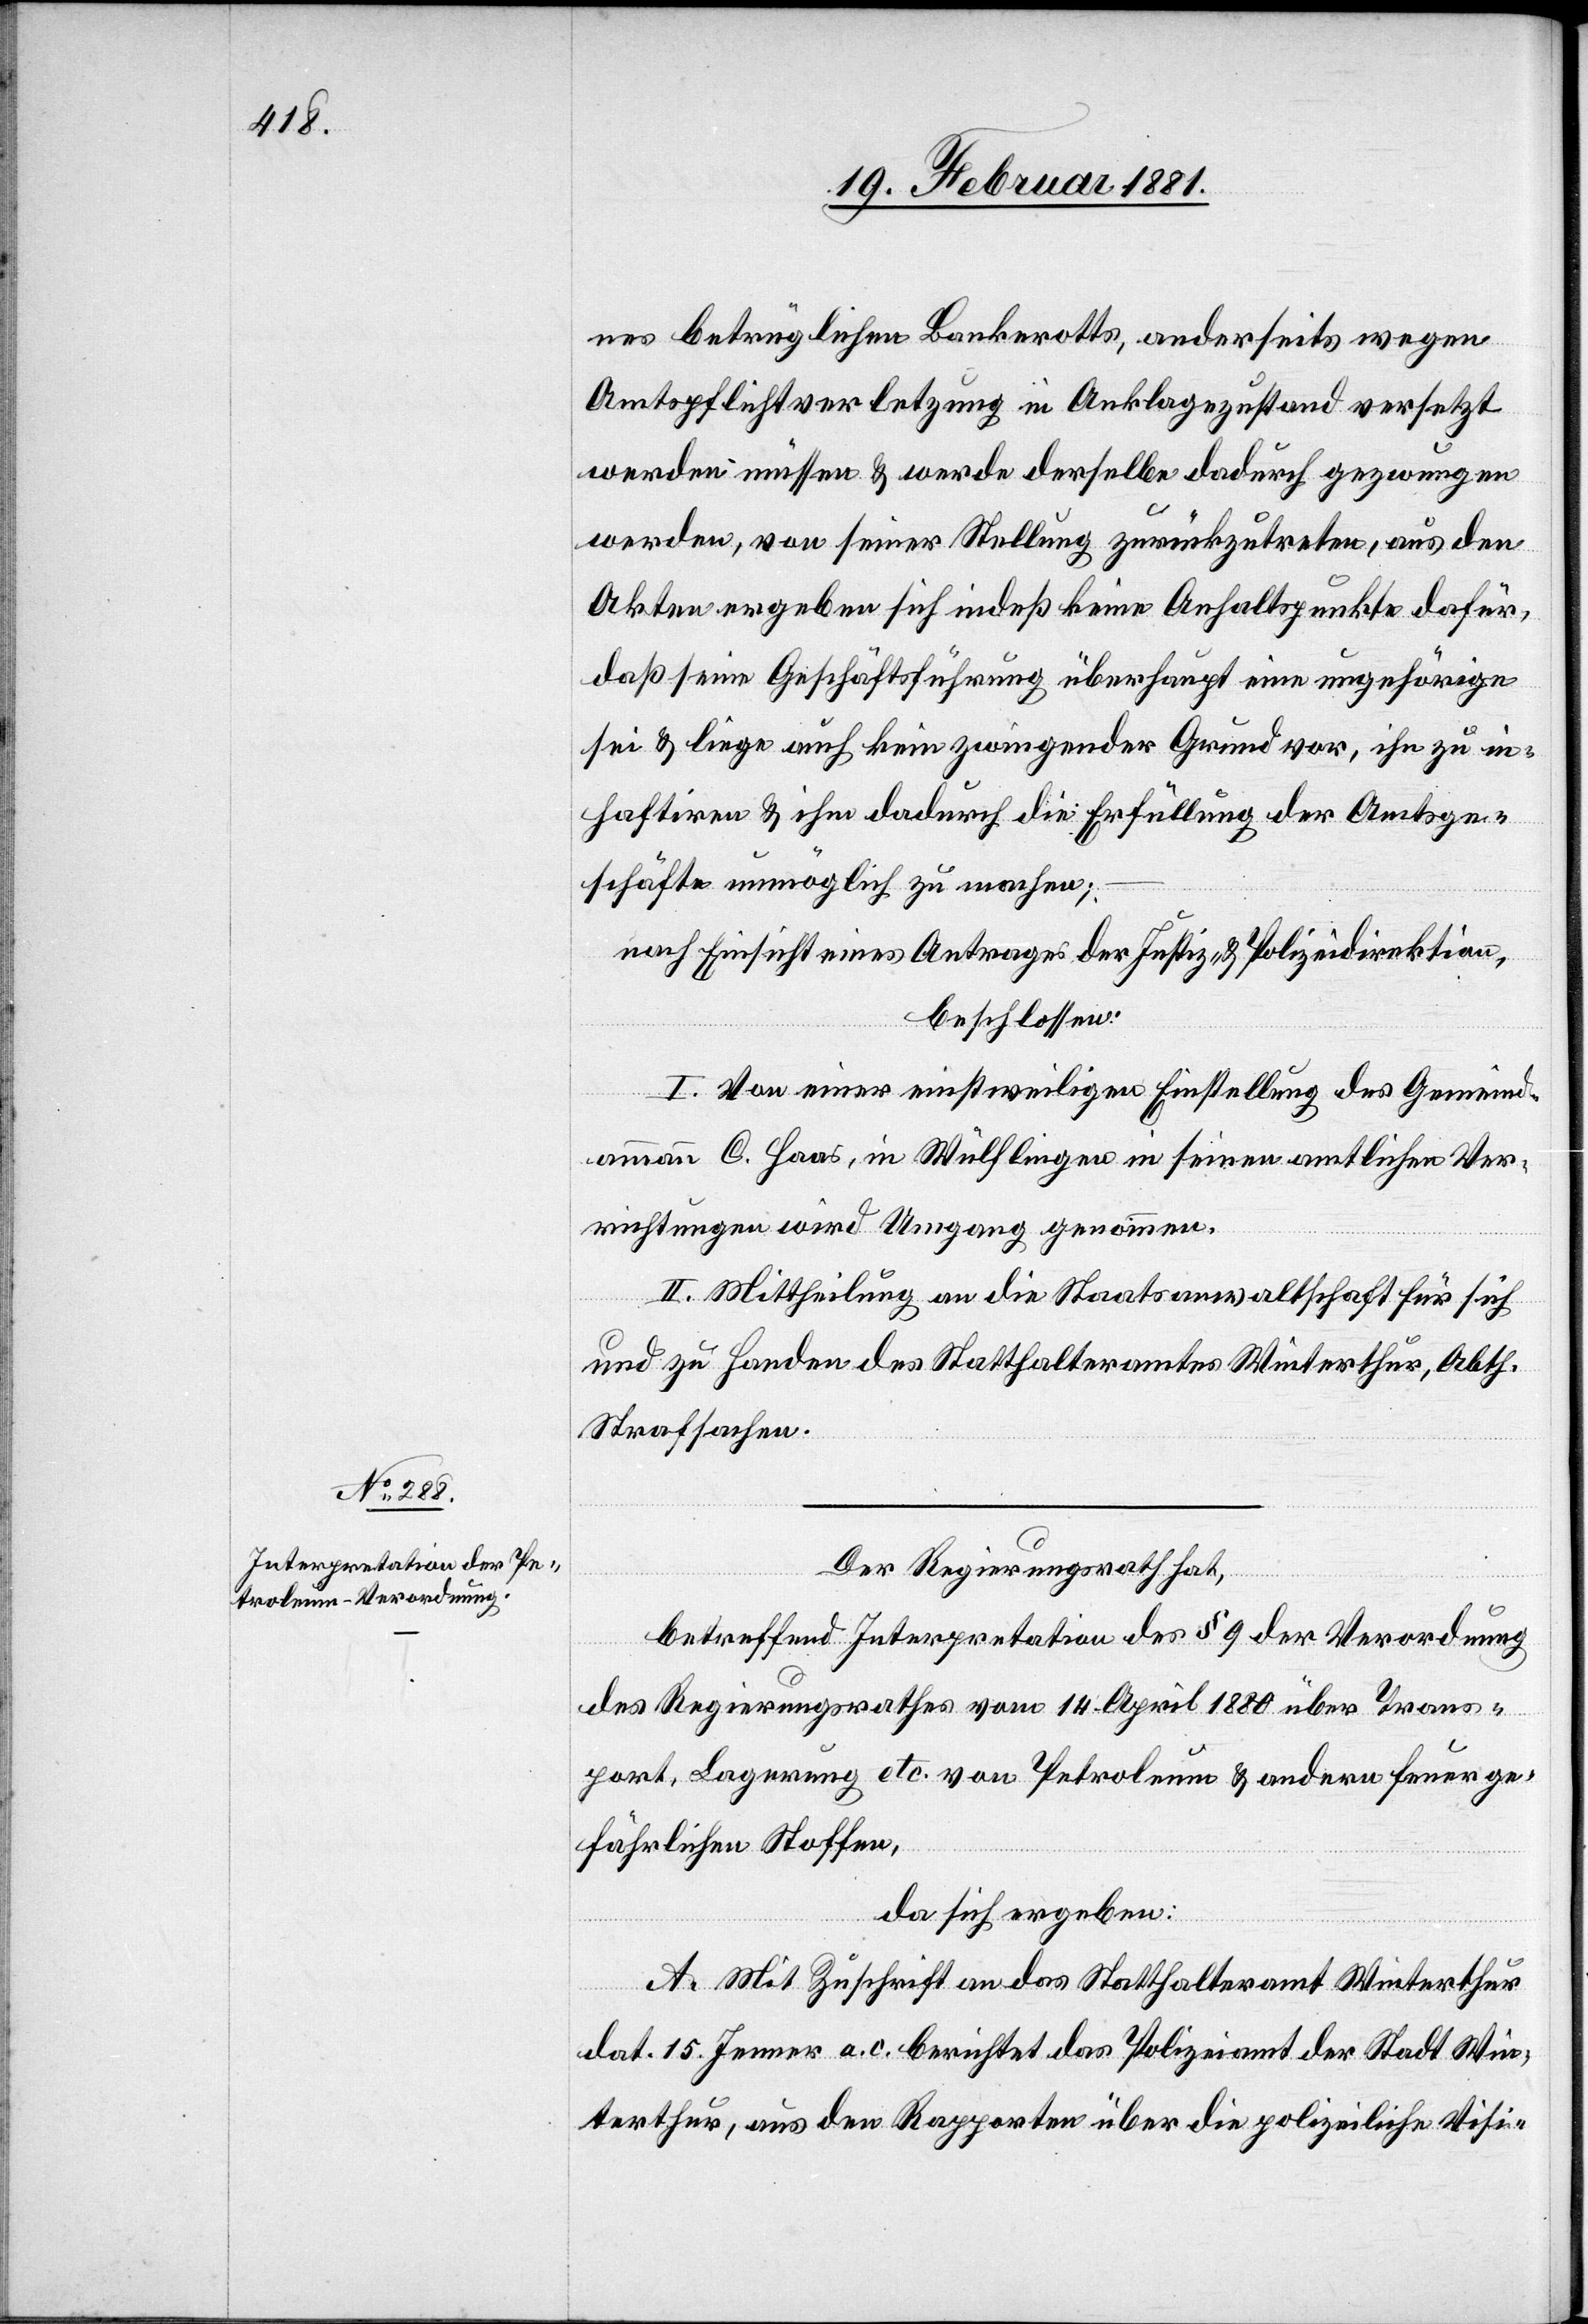
Amtsge¬

nes betrüglichen Bankerotts, anderseits wegen
Amtspflichtverletzung in Anklagezustand versetzt
werden müssen & werde derselbe dadurch gezwungen
werden, von seiner Stellung zurückzutreten, aus den
Akten ergeben sich indeß keine Anhaltspunkte dafür,
daß seine Geschäftsführung überhaupt eine ungehörige
schäfte unmöglich zu machen;
nach Einsicht eines Antrages der Justiz- & Polizeidirektion,
beschlossen:
I. Von einer einstweilen Einstellung des Gemeind¬
ammann c. Haas, in Wülflingen in seinen amtlichen Ver¬
richtungen wird Umgang genommen.
II. Mittheilung an die Staathalterämter Winterthur Abth.
Strafsachen.
Der Regierungsrath hat,
betreffend Interpretation des § 9 der Verordnung
des Regierungsrathes vom 14. April 1880 über Trans¬
port, Lagerung etc. von Petroleum & andern feuerge¬
fährlichen Stoffen,
da sich ergeben:
A. Mit Zuschrift an das Statthalteramt Winterthur
dat. 15. Jenner a. c. berichtet das Polizeiamt der Stadt Win¬
terthur, aus den Rapporten über die polizeiliche Visi-